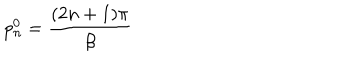
p _ { n } ^ { 0 } = \frac { ( 2 n + 1 ) \pi } { \beta }